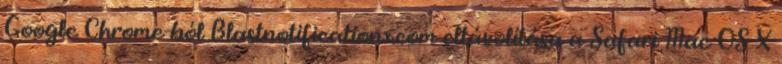
Google Chrome-ból Blastnotificationx.com eltávolítása a Safari Mac OS X